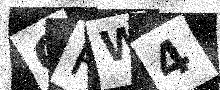
Text: GRW4